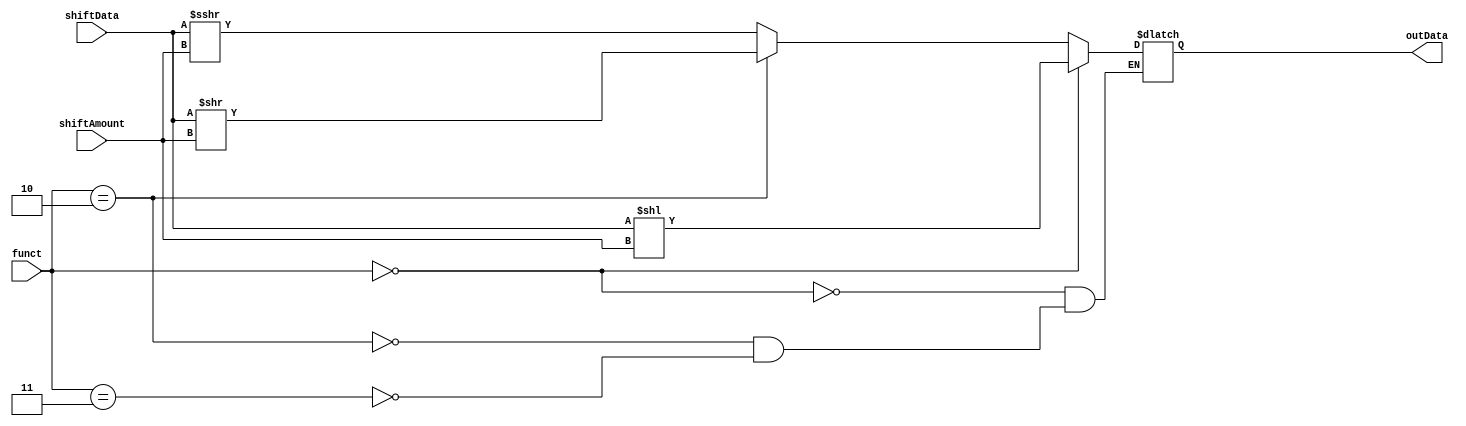
module shiftModule(outData, shiftData, shiftAmount, funct);
	//
	input [31:0]shiftData;
	input [4:0]shiftAmount;
	input [5:0]funct;
	output reg [31:0]outData;
	
	// Function code definitions
	wire [5:0] sraCode = 6'b000011;
	wire [5:0] srlCode = 6'b000010;
	wire [5:0] sllCode = 6'b000000;
	
	
	
	// Shifting data wanted amount times according to funct-code
	always @(*) begin
		if (funct == sraCode) begin
			outData = $signed(shiftData) >>> shiftAmount;
		end
		
		if (funct == srlCode) begin
			outData = shiftData >> shiftAmount;
		end
		
		if (funct == sllCode) begin
			outData = shiftData << shiftAmount;
		end
	end
endmodule